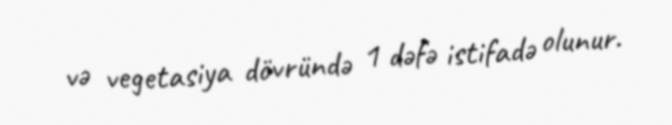
və vegetasiya dövründə 1 dəfə istifadə olunur.